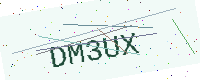
Text: DM3UX